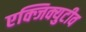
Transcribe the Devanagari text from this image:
एक्जिक्युटीव